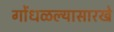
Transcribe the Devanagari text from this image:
गोंधळल्यासारखे